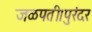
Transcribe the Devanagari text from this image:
जळपती।पुरंदर